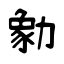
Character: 勨